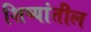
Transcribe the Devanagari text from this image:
शिष्यांतील